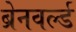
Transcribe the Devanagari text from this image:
ब्रेनवर्ल्ड